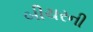
બીચરની